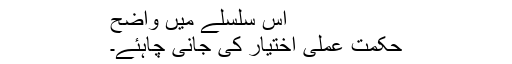
اس سلسلے میں واضح
حکمت عملی اختیار کی جانی چاہئے۔